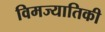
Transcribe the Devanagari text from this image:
विमज्यातिकी